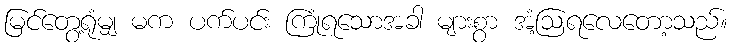
မြင်တွေ့ရုံမျှ မက ပက်ပင်း ကြုံရသောအခါ များစွာ အံ့ဩရလေတော့သည်။